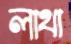
লাথা